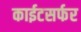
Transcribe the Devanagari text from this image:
काईटसर्फर